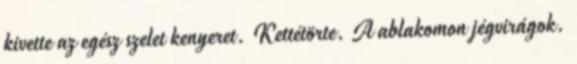
kivette az egész szelet kenyeret. Kettétörte. A ablakomon jégvirágok.